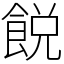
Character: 䬽